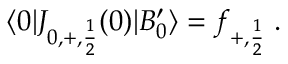
\langle 0 | J _ { 0 , + , { \frac { 1 } { 2 } } } ( 0 ) | B _ { 0 } ^ { \prime } \rangle = f _ { + , { \frac { 1 } { 2 } } } \; .